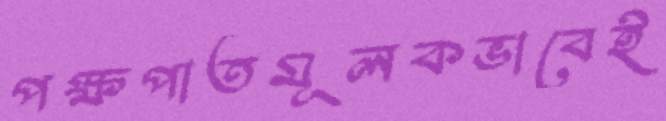
পক্ষপাতমূলকভাবেই